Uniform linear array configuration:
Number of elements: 12
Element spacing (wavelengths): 0.25
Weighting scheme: binomial
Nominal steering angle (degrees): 15
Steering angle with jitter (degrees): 14.771
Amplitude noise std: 0.05
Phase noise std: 0.05

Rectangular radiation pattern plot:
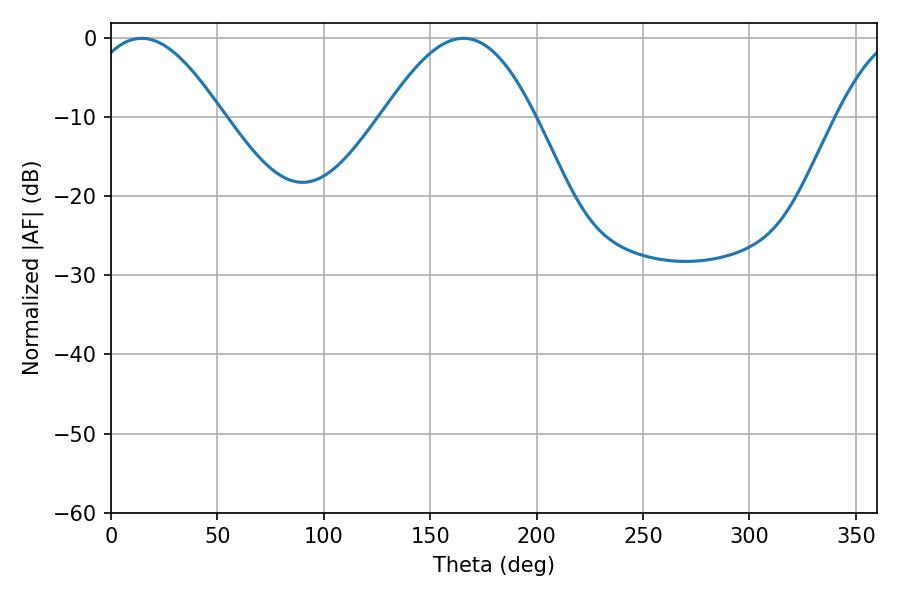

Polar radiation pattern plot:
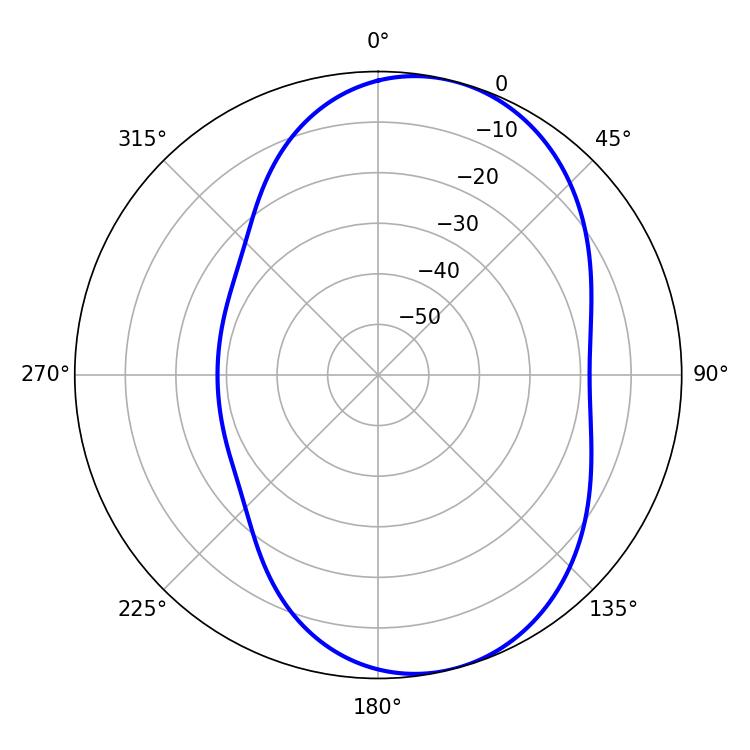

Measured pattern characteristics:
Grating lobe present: FALSE
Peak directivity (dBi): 6.999
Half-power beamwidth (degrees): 34.38
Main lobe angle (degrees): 14.4